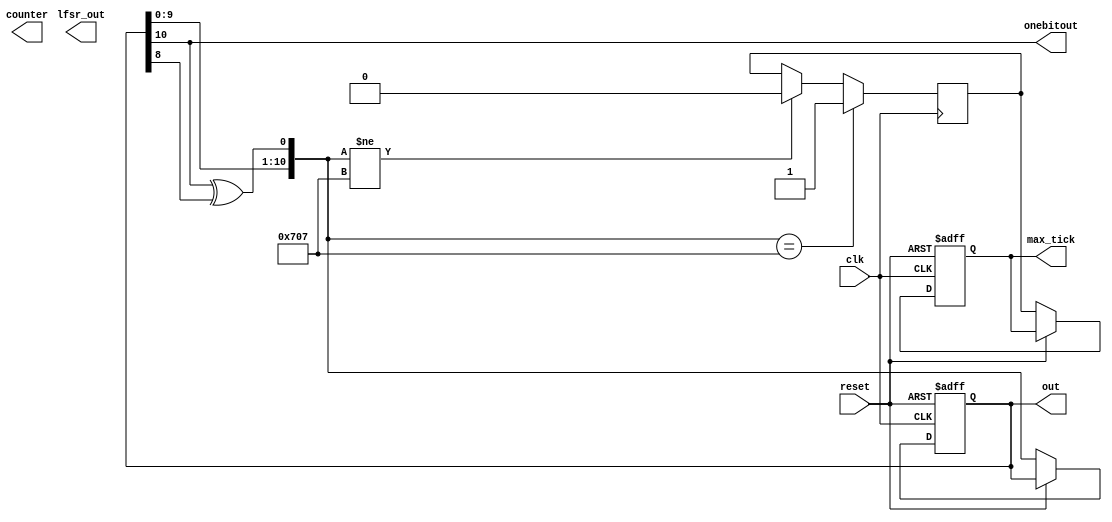

module lfsr1 ( 
    input wire clk, reset, 
    output wire lfsr_out,
    output wire [10:0] out,
    output wire  max_tick,
    output wire counter,
    output wire onebitout
 );
//signal declaration
   reg [10:0] lfsr_reg;
  // register storage 
   reg [10:0] lfsr_next;
   // next value 
   reg lfsr_tap; // to hold feedback
   reg max_tick_reg,max_tick_next;
   parameter [10:0] seed = 11'b11100000111;
   
// body 
// register 
always @(posedge clk, posedge reset)
    
    if (reset)begin
     lfsr_reg <= seed;
     max_tick_reg<=1'b0;
     end 
// a seed value 
    else if(reset ==1'b0)begin
    lfsr_reg <= lfsr_next;
    max_tick_reg<=max_tick_next;
    
    end
    
// next-state logic 

always @(posedge clk)
 if(lfsr_next==seed)begin // if the next value is equal to the seed then set max tick to high. 
     max_tick_next<=1'b1;
    end     
    
    else if(lfsr_next!=seed)begin
     max_tick_next<=1'b0;
     end


always @* 
begin 
// generate the feedback by XOR of tap 9 and 11 
    lfsr_tap = lfsr_reg[10] ^ lfsr_reg[8]; 
    // feedback goes into 0 position. Other bits shift up 
    lfsr_next = {lfsr_reg[9:0],lfsr_tap }; 
    end // next state logic
    // output logic 
             
    assign  max_tick=  max_tick_reg; //output the value for max tick
    assign out = lfsr_reg; // the output value after one cycle
    assign onebitout= lfsr_reg[10];//this is the outbit stream 
  
   
endmodule